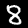
Digit: 8